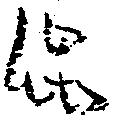
渋